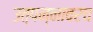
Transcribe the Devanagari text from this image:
उत्पन्नावरच